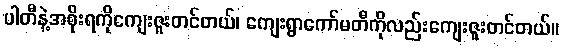
ပါတီနဲ့အစိုးရကိုကျေးဇူးတင်တယ်၊ ကျေးရွာကော်မတီကိုလည်းကျေးဇူးတင်တယ်။